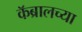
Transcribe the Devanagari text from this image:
कॅब्रालच्या